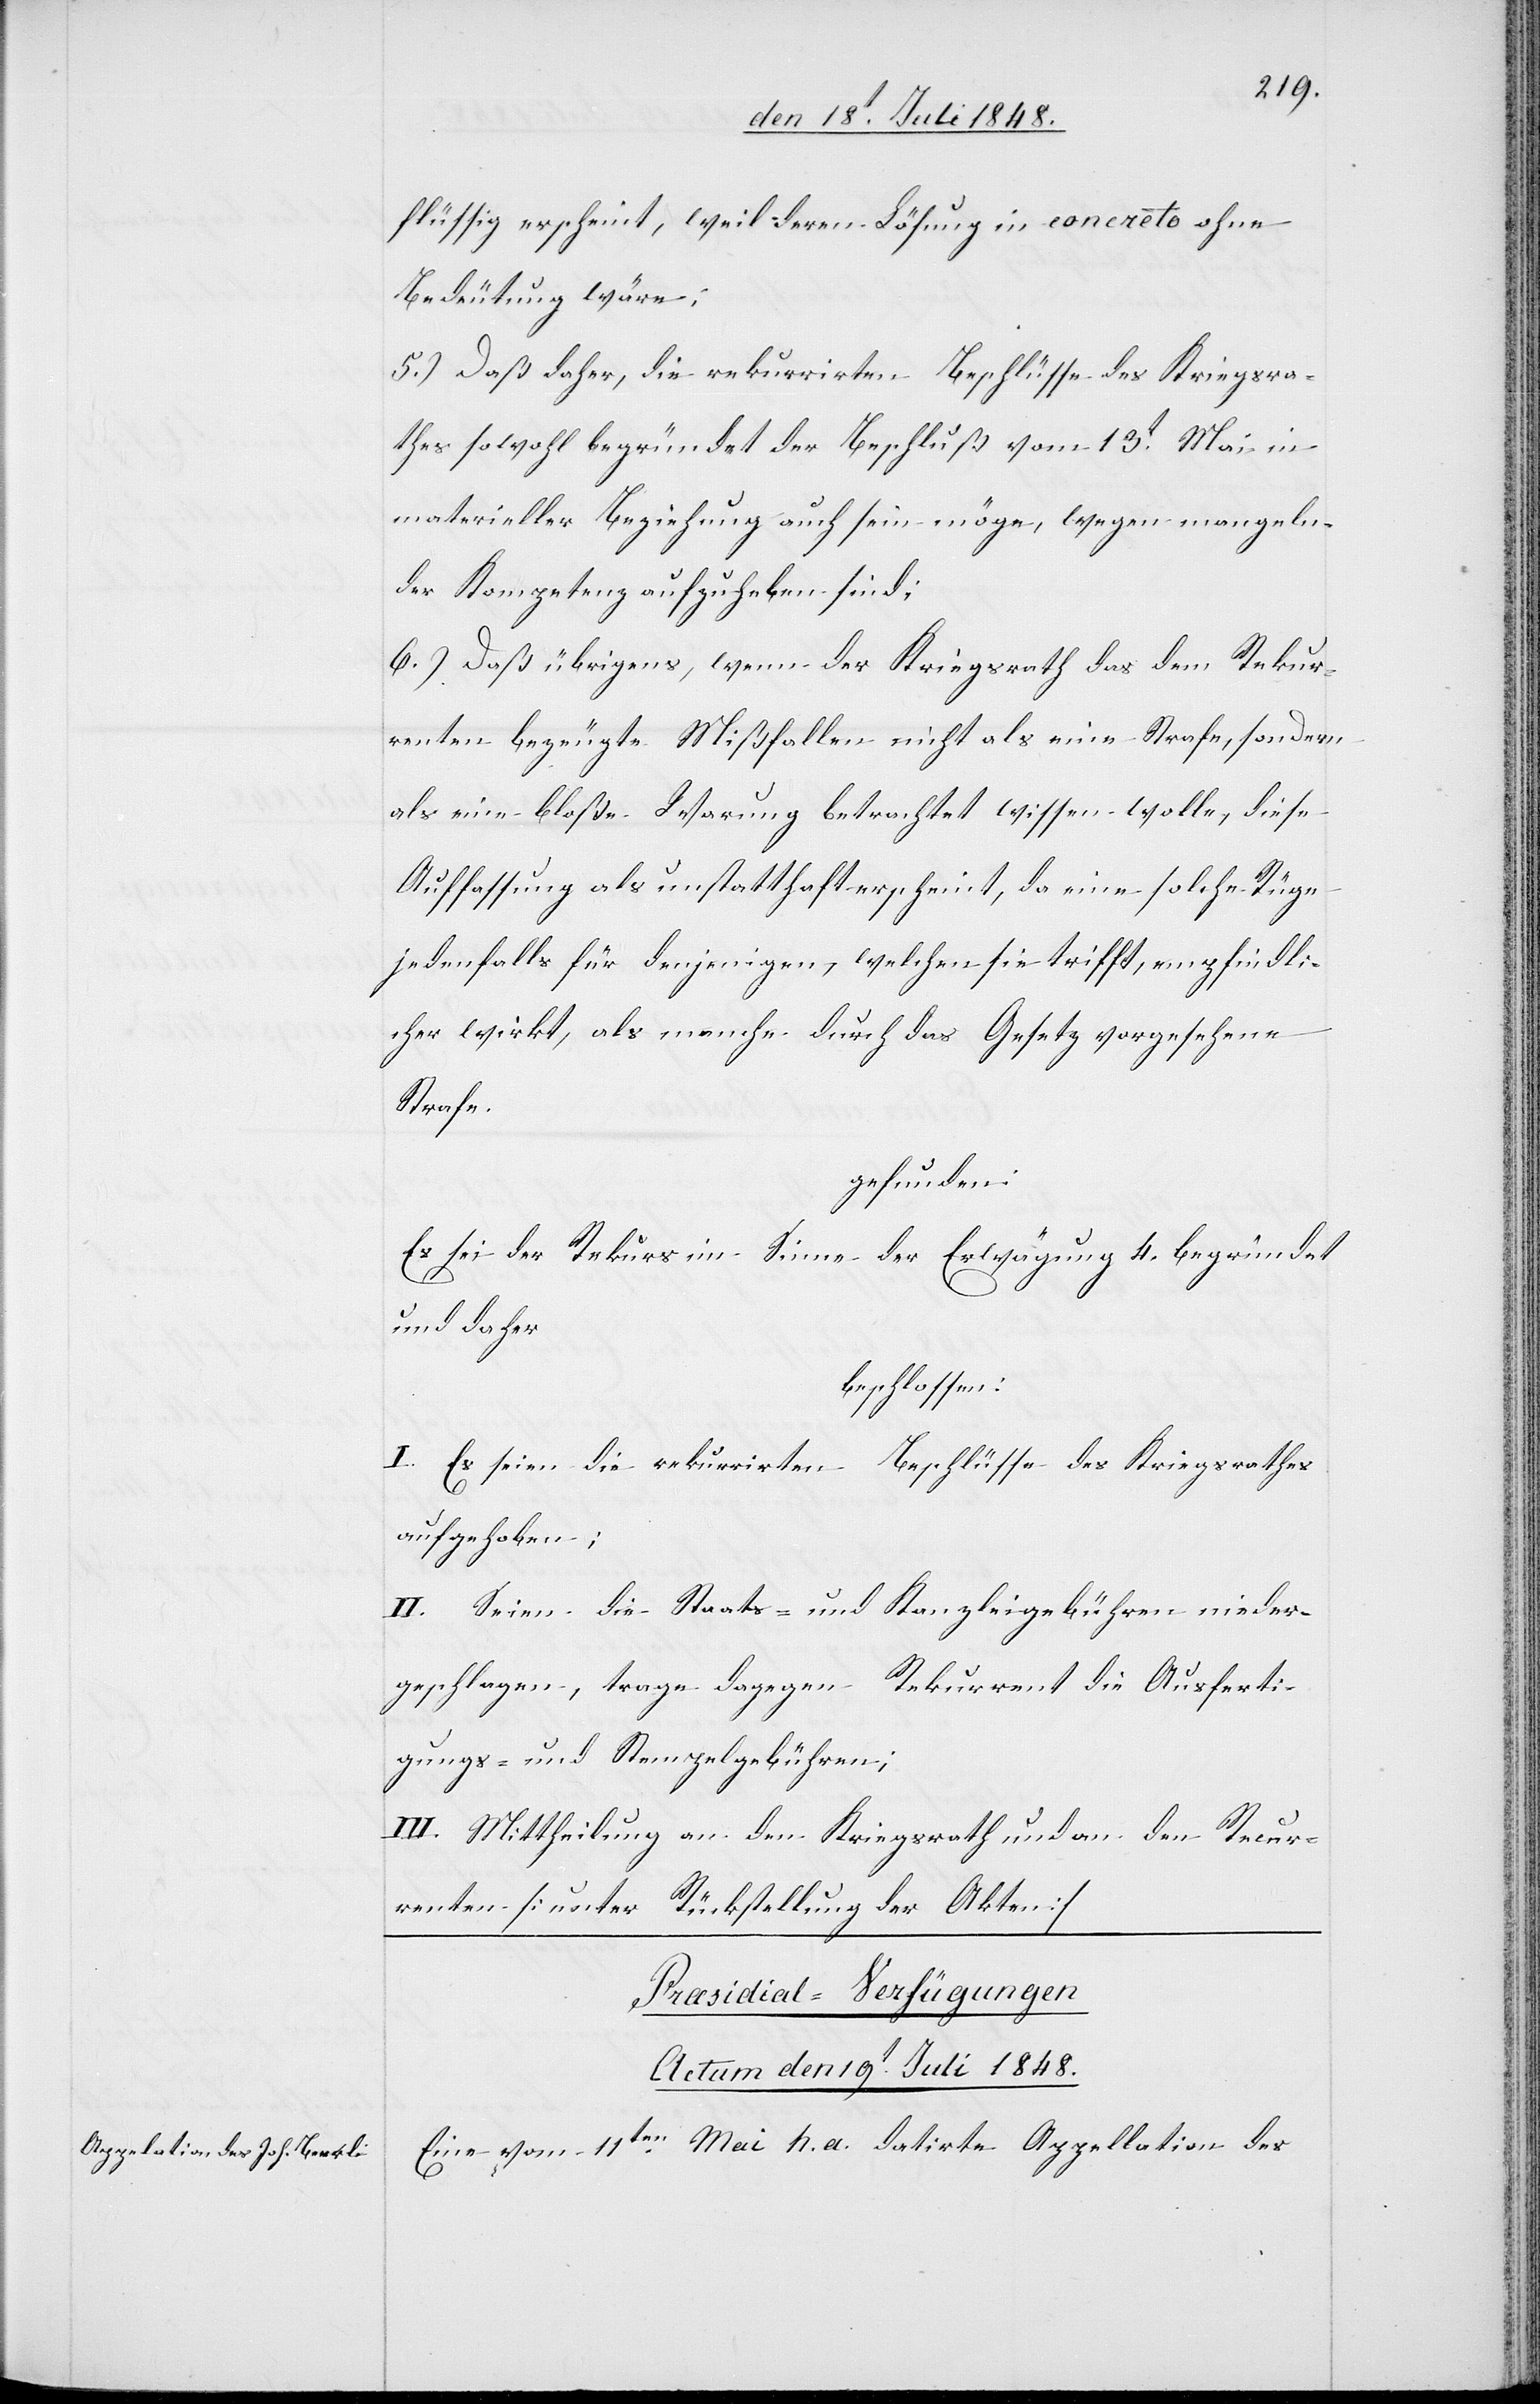
flüssig erscheint, weil deren Lösung in concreto ohne
Bedeutung wäre;
5.) Daß daher, die rekurrirten Beschlüsse des Kriegsra¬
thes sowohl begründet der Beschluß vom 134t Mai im
materieller Beziehung auch sein möge, wegen mangeldn¬
er Kompetenz aufzuheben sind;
6.) Daß übrigens, wenn der Kriegsrath das dem Rekur¬
renten bezeugte Mißfallen nicht als eine Strafe, sondern
als eine bloße Warnung betrachtet wissen wolle, diese
Auffassung als unstatthaft erscheint, da eine solche Rüge
jedenfalls für denjenigen, welchen sie trifft, empfindli¬
cher wirkt, als manche durch das Gesetz vorgesehene
Strafe
gefunden:
Es sei der Rekurs im Sinne der Erwägung 4. begründet
und daher
beschlossen:
I. Es seien die rekurrirten Beschlüsse des Kriegsrathes
aufgehoben;
II. Seien die Staats- und Kanzleigebühren nieder¬
geschlagen, trage dagegen Rekurrent die Ausferti¬
gungs- und Stempelgebühren;
III. Mittheilung an den Kriegsrath und an den Recur¬
renten. [unter Rückstellung der Akten]
Præsidial-Verfügungen
Actum den 19t Juli 1848.
Eine vom 11ten Mai h. . datirte Appellation des